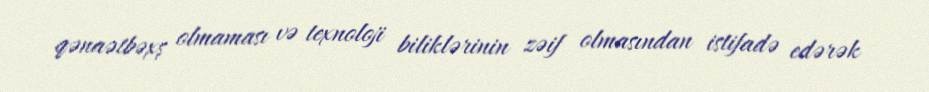
qənaətbəxş olmaması və texnoloji biliklərinin zəif olmasından istifadə edərək